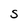
Character: S